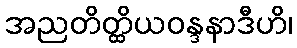
အညတိတ္ထိယဝန္ဒနာဒီဟိ၊